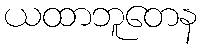
ယထာဘူတေန